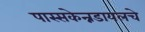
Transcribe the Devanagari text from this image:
पास्सकेन्नडायलचे